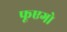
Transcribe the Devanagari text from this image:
फूएगो